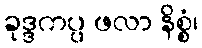
ခုဒ္ဒကပ္ပ ဖလာ နိစ္စံ၊